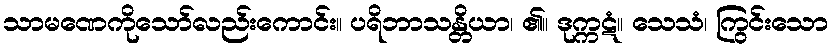
သာမဏေကိုသော်လည်းကောင်း။ ပရိဘာသန္တိယာ၊ ၏။ ဒုက္ကဋံ။ သေသံ၊ ကြွင်းသော